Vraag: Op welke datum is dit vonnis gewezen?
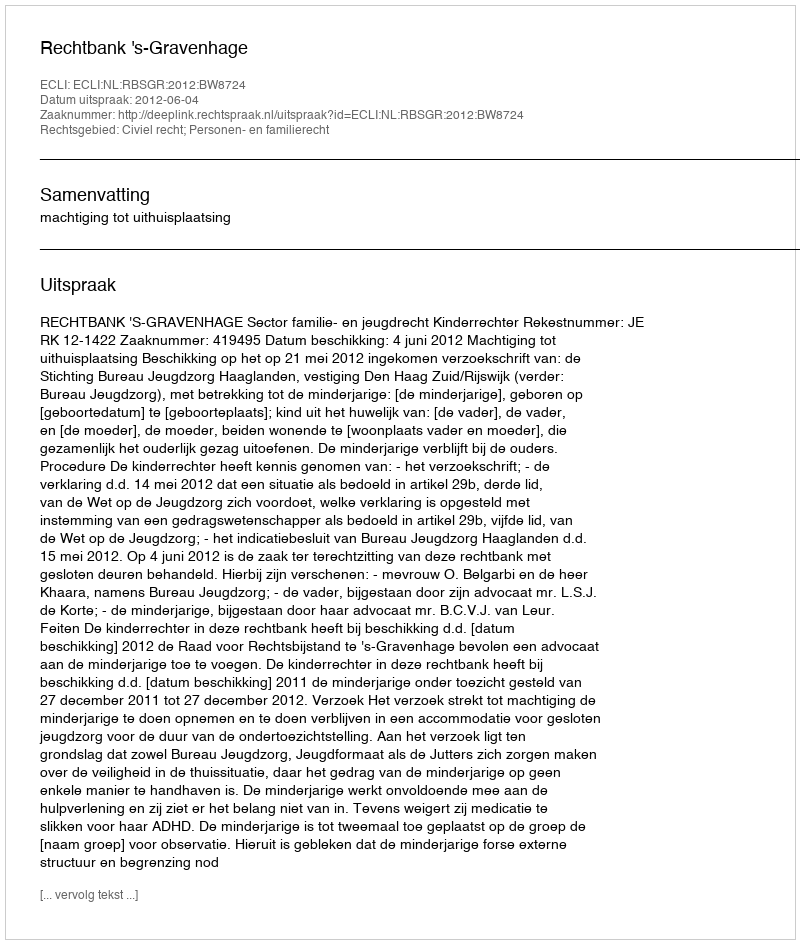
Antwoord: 2012-06-04